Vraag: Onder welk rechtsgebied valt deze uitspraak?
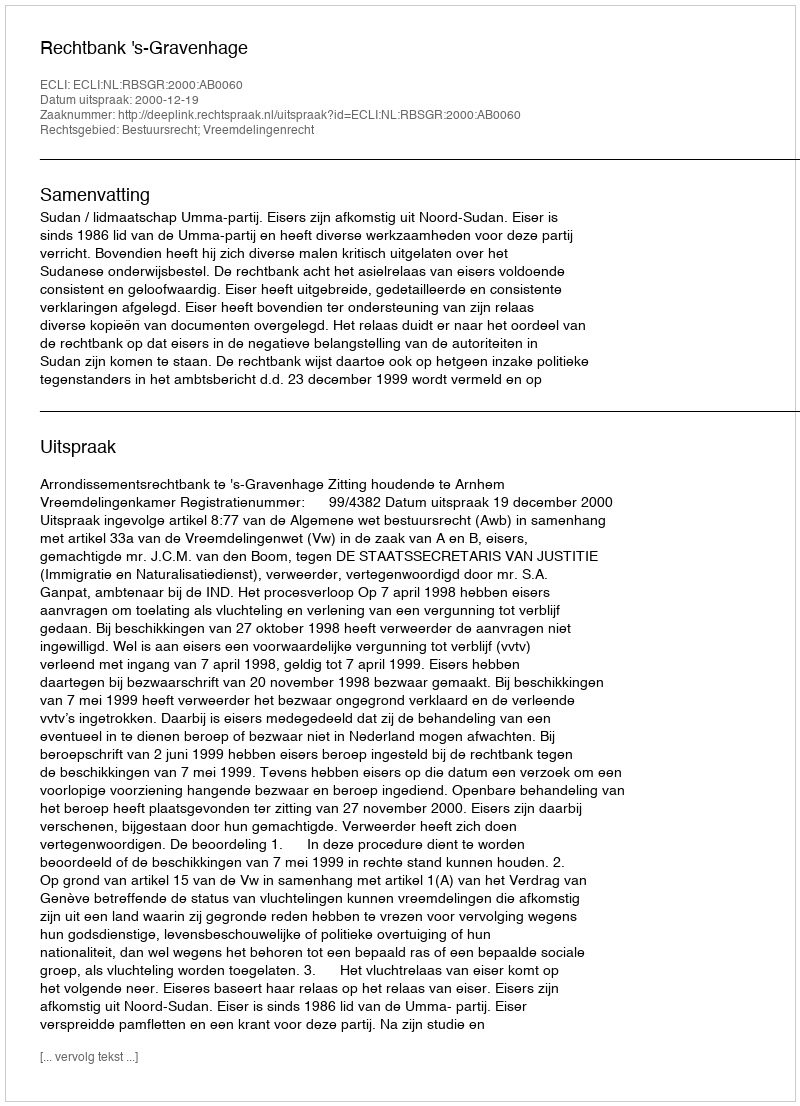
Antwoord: Bestuursrecht; Vreemdelingenrecht